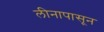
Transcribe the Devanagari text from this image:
लीनापासून